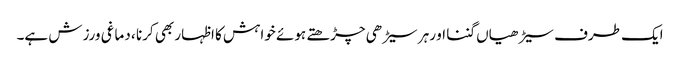
ایک طرف سیڑھیاں گننا او رہر سیڑھی چڑھتے ہوئے خواہش کا اظہار بھی کرنا ، دماغی ورزش ہے۔